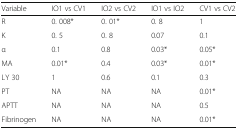
<table><thead><tr><td><b>Variable</b></td><td><b>IO1 vs CV1</b></td><td><b>IO2 vs CV2</b></td><td><b>IO1 vs IO2</b></td><td><b>CV1 vs CV2</b></td></tr></thead><tbody><tr><td>R</td><td>0. 008*</td><td>0. 01*</td><td>0. 8</td><td>1</td></tr><tr><td>K</td><td>0. 5</td><td>0. 8</td><td>0.07</td><td>0.1</td></tr><tr><td>α</td><td>0.1</td><td>0.8</td><td>0.03*</td><td>0.05*</td></tr><tr><td>MA</td><td>0.01*</td><td>0.4</td><td>0.03*</td><td>0.01*</td></tr><tr><td>LY 30</td><td>1</td><td>0.6</td><td>0.1</td><td>0.3</td></tr><tr><td>PT</td><td>NA</td><td>NA</td><td>NA</td><td>0.01*</td></tr><tr><td>APTT</td><td>NA</td><td>NA</td><td>NA</td><td>0.5</td></tr><tr><td>Fibrinogen</td><td>NA</td><td>NA</td><td>NA</td><td>0.01*</td></tr></tbody></table>